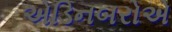
એડિનબરોએ